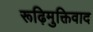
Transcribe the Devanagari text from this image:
रूढ़िमुक्तिवाद